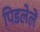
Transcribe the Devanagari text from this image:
पिडलेले